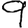
Digit: 9